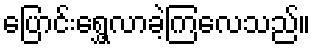
ပြောင်းရွှေ့လာခဲ့ကြလေသည်။